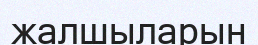
жалшыларын